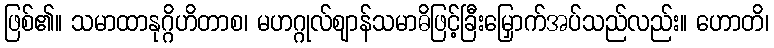
ဖြစ်၏။ သမာထာနုဂ္ဂိဟိတာစ၊ မဟဂ္ဂုလ်ဈာန်သမာဓိဖြင့်ခြီးမြှောက်အပ်သည်လည်း။ ဟောတိ၊